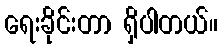
ရေးခိုင်းတာ ရှိပါတယ်။